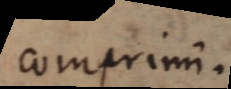
comprimi.